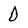
Character: 0